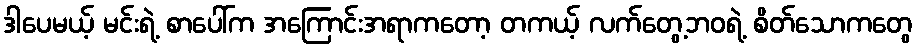
ဒါပေမယ့် မင်းရဲ့ စာပေါ်က အကြောင်းအရာကတော့ တကယ့် လက်တွေ့ဘဝရဲ့ စိတ်သောကတွေ